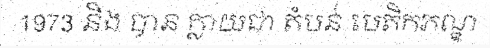
1973 និង បាន ក្លាយជា តំបន់ បេតិកភណ្ឌ